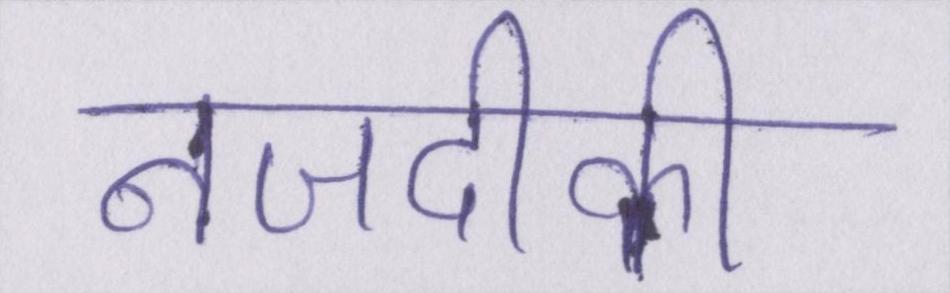
नजदीकी